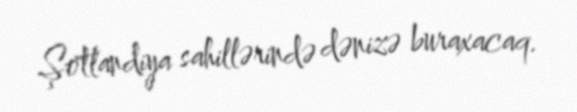
Şotlandiya sahillərində dənizə buraxacaq.